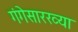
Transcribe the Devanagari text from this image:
गंगेसारख्या